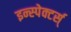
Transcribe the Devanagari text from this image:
इन्स्पेक्टर्स्